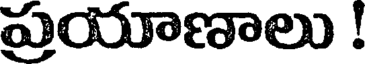
ప్రయాణాలు !